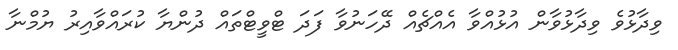
ވިދާޅުވެ ވިދާޅުވާން އުޅުއްވާ އެއްޗެއް ދޭހަނުވާ ފަދަ ޓްވީޓްތައް ދުންޔާ ކުރައްވާއިރު ޔުމްނާ